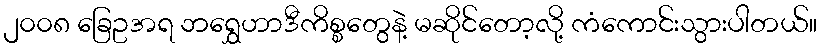
၂၀၀၈ ခြေဥအရ ဘရွှေဟာဒီကိစ္စတွေနဲ့ မဆိုင်တော့လို့ ကံကောင်းသွားပါတယ်။